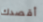
أقصدك